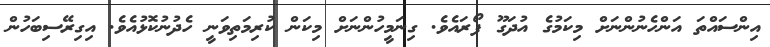
އިންސައްތަ އަންހެނުންނަށް މިކަމުގެ އުދަގޫ ފޯރައެވެ. ގިނަމީހުންނަށް މިކަން ކުރިމަތިވަނީ ހެދުނުކޮޅުއެވެ. އިގިރޭސިބަހުން